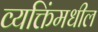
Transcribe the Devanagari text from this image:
व्यक्तिंमधील